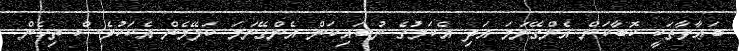
ބަޢާވާތަކީ ކޮބާކަން އެންގޭނަމަ އަދި އެކަމުގެ ނުބައިކަން އެންގޭނަމަ ކަލޭމެން އެކަކުވެސް ތިހެން